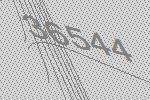
36544